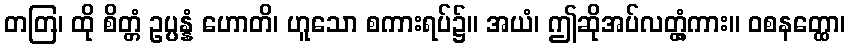
တတြ၊ ထို စိတ္တံ ဥပ္ပန္နံ ဟောတိ၊ ဟူသော စကားရပ်၌။ အယံ၊ ဤဆိုအပ်လတ္တံ့ကား။ ဝစနတ္ထော၊